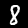
Label: 8